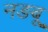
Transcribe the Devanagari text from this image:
नङबू